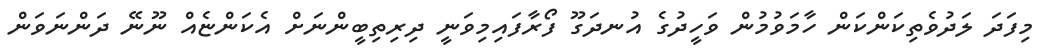
މިފަދަ ލަދުވެތިކަންކަން ހާމަވުމުން ވަހީދުގެ އުނދަގޫ ފޯރާފައިމިވަނީ ދިރިތިބީންނަށް އެކަންޏެއް ނޫނޭ ދަންނަވަން